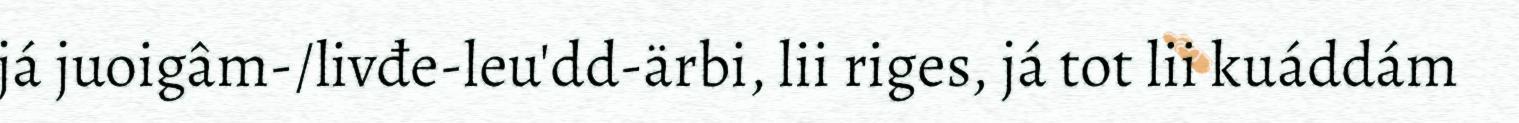
já juoigâm-/livđe-leu'dd-ärbi, lii riges, já tot lii kuáddám